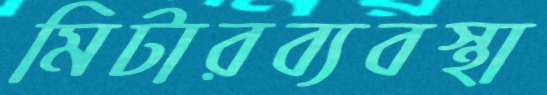
মিটারব্যবস্থা